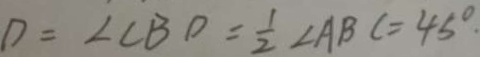
D = \angle C B D = \frac { 1 } { 2 } \angle A B C = 4 5 ^ { \circ } \cdot